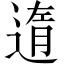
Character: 遀